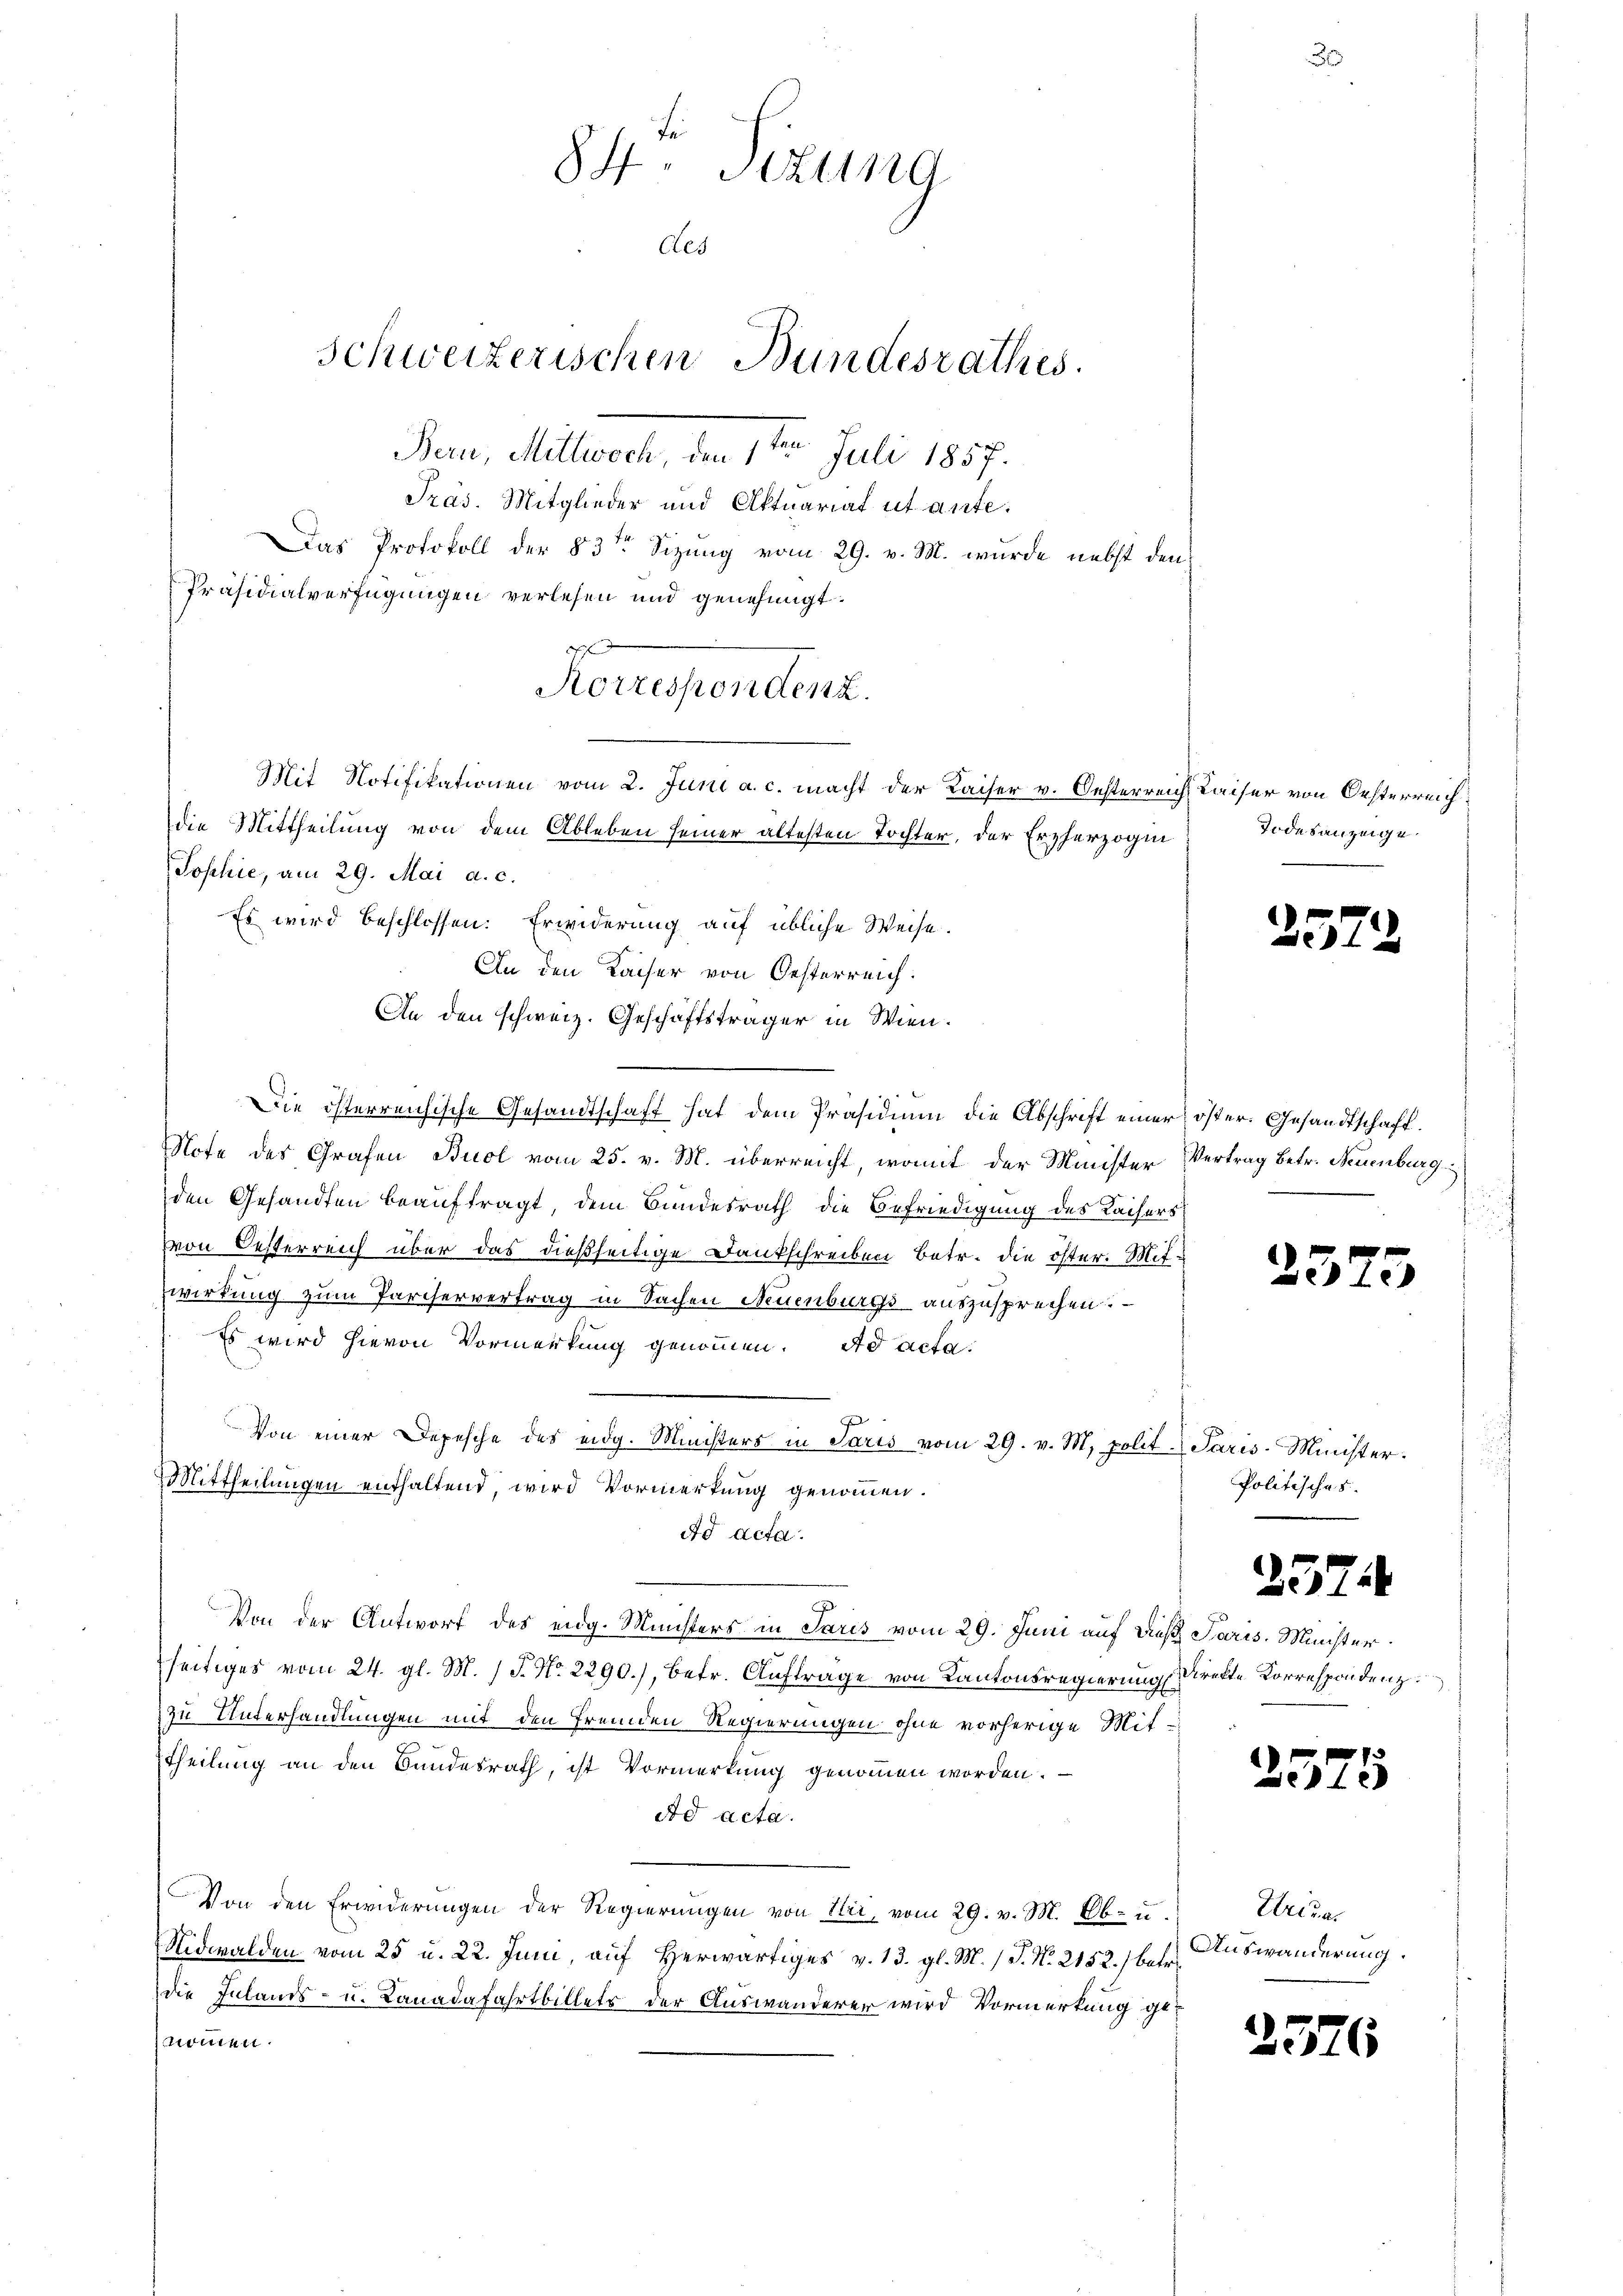
die Mittheilung von dem Ableben seiner ältesten Tochter, der Erzherzogin
Sophie, am 29. Mai a. c.
Es wird beschlossen: Erwiderung auf übliche Weise.
An den Kaiser von Oesterreich:
An den schweiz. Geschäftsträger in Wien.
Die österreichische Gesandtschaft hat dem Präsidium die Abschrift einer
Note des Grafen Buol vom 25. v. M. überreicht, womit der Minister Vertrag betr. Neuenburg
den Gesandten beauftragt, dem Bundesrath die Befriedigung des Kaisers
von Oesterreich über das dießseitige Dankschreiben betr. die öster. Mitwirkung zum Pariservertrag in Sachen Neuenburgs auszusprechen.
Es wird hievon Vormerkung genommen. Ad acta
Von einer Depesche des eidg. Ministers in Paris vom 29. v. M. polit. Paris-Minister.
Mittheilungen enthaltend, wird Vormerkung genommen.
ad acta.
Von der Antworf des eng. Ministers in Paris vom 29. Juni auf des Paris, Münster
seitiges vom 24. gl. M. J. No. 2290), betr. Auftrage von Kantonsregierung direkte Korrespondenz
zu Unterhandlungen mit den fremden Regierungen ohne vorherige Mittheilung an den Bundesrath, ist Vormerkung genommen worden.
Ad acta.
Von den Erwiderŭngen der Regierŭngen von Uri, vom 29. v. M. Ab- u. Uriger
Nidwalden vom 25 u. 22. Juni, auf Herwärtiges v. 13. gl. M. /J. N. 2152.) betr.
die Inlands- u. Lanadafahrtbillets der Auswanderer wird Vormerkung genommen.

A
Korrespondenz.
Mit Notifikationen vom 2. Juni a. c. macht der Kaiser v. Oesterreich

84. Sizung
Ces
Schweizerischen Bundesrathes.
Ban, Mittwoch, den 1ten Juli 1857.
Präs. Mitglieder und Aktuariat ut ante-
Das Protokoll der § 3ten Sizung vom 29. v. M. wurde nebst den
Präsidialverfügungen verlesen und genehmigt:

Kaiser von Oesterreich
Todesanzeige.

öster. Gesandtschaft.

Politisches

252

25

2574

2575

2576

5

Auswanderung.